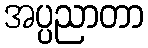
အပ္ပညာတာ